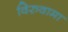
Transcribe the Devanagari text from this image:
विरुवामा